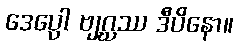
ဒေပ္ပော ဗျဂ္ဃဿ ဒီပိနော။